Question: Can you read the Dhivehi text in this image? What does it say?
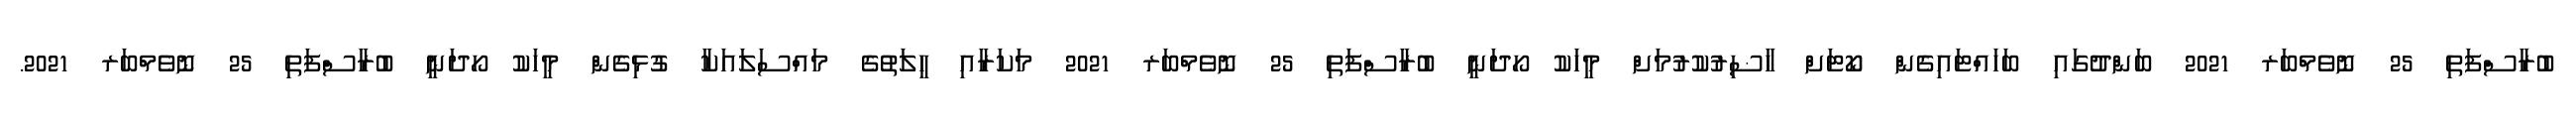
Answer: ބުރާސްފަތި 25 ނޮވެމްބަރ 2021 ބަންދުގައި ބަހައްޓައިގެން ކޯޓަށް ހާޟިރުކުރުމަށް މީހަކު ހޯދަނީ ބުރާސްފަތި 25 ނޮވެމްބަރ 2021 މަކަރާއި ހީލަތުގެ މައްސަލައަކާ ގުޅިގެން މީހަކު ހޯދަނީ ބުރާސްފަތި 25 ނޮވެމްބަރ 2021.